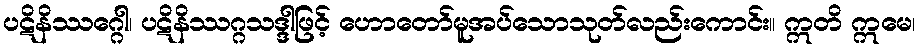
ပဋိနိဿဂ္ဂေါ၊ ပဋိနိဿဂ္ဂသဒ္ဒါဖြင့် ဟောတော်မူအပ်သောသုတ်လည်းကောင်း။ ဣတိ ဣမေ၊